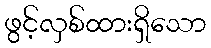
ဖွင့်လှစ်ထားရှိသော